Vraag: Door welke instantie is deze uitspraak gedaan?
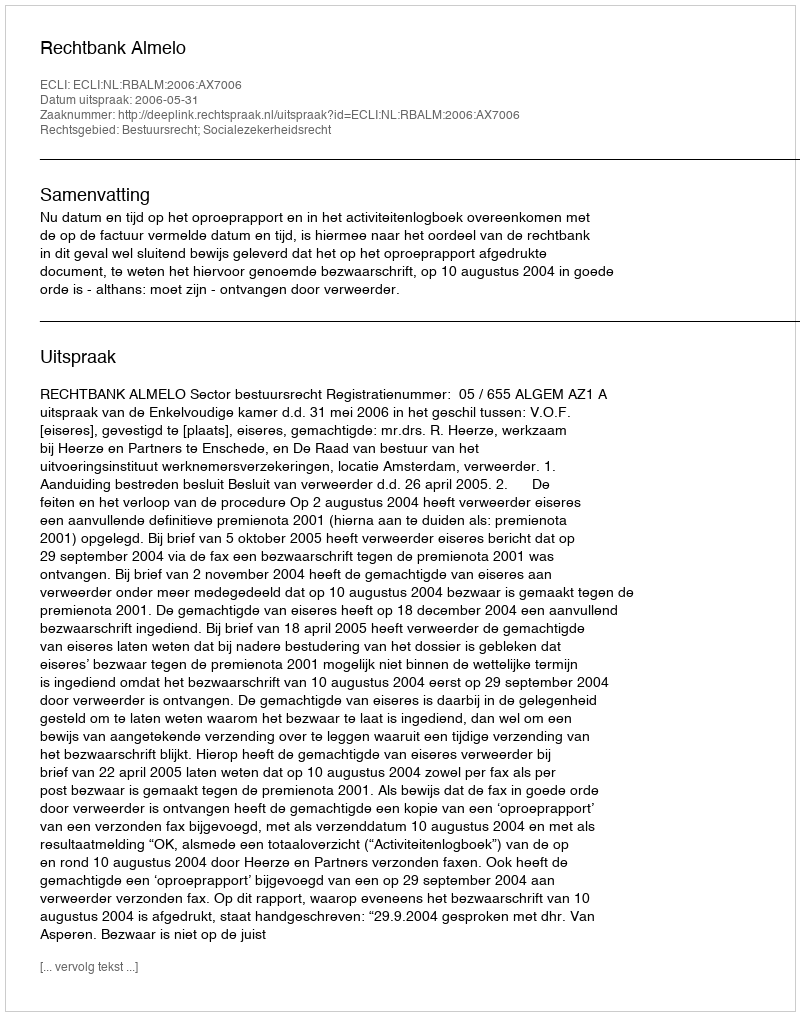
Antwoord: Rechtbank Almelo